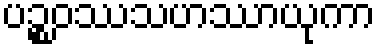
ပဉ္စဝဿသဟဿာယုကာ